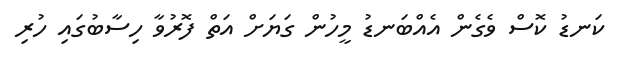
ކަނޑު ކޮސް ވެގެން އެއްބަނޑު މީހުން ގަޔަށް އަތް ފޮރުވާ ހިސާބުގައި ހުރި